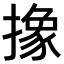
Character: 𪮱